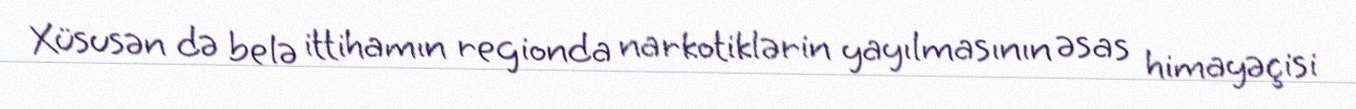
Xüsusən də belə ittihamın regionda narkotiklərin yayılmasının əsas himayəçisi